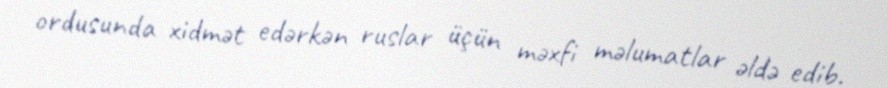
ordusunda xidmət edərkən ruslar üçün məxfi məlumatlar əldə edib.